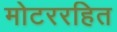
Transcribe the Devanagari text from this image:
मोटररहित